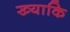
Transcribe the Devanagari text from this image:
ख्याकि